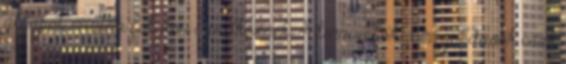
állapot, mintha folyton imádkoznék. A tennivalók, a megoldások csak